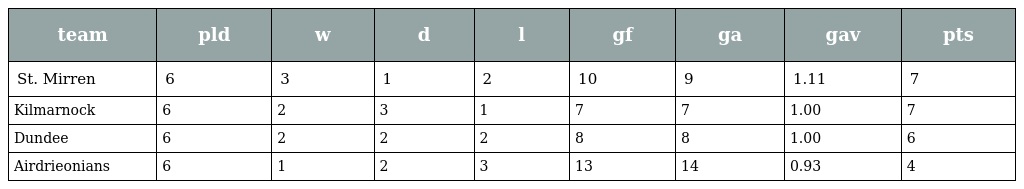
| team | pld | w | d | l | gf | ga | gav | pts |
 | --- | --- | --- | --- | --- | --- | --- | --- | --- |
 | St. Mirren | 6 | 3 | 1 | 2 | 10 | 9 | 1.11 | 7 |
 | Kilmarnock | 6 | 2 | 3 | 1 | 7 | 7 | 1.00 | 7 |
 | Dundee | 6 | 2 | 2 | 2 | 8 | 8 | 1.00 | 6 |
 | Airdrieonians | 6 | 1 | 2 | 3 | 13 | 14 | 0.93 | 4 |